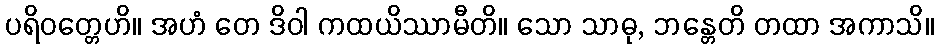
ပရိဝတ္တေဟိ။ အဟံ တေ ဒိဝါ ကထယိဿာမီတိ။ သော သာဓု, ဘန္တေတိ တထာ အကာသိ။